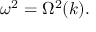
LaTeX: \omega ^ { 2 } = \Omega ^ { 2 } ( k ) .